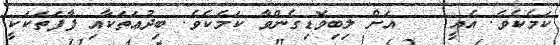
ކަމެކެވެ. އެއީ    އަށް ލިބިވޮޑިގެންވާ ކަމެކެވެ. ބިދުޢަތަކާއި ފާފަތަކަކީ